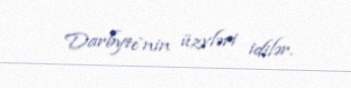
Darbyte`nin üzvləri idilər.